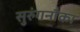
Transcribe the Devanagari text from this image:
सुरुंगनौका